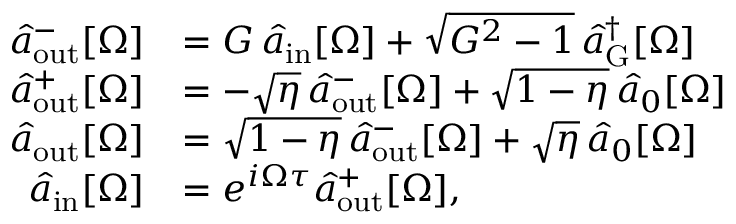
\begin{array} { r l } { \hat { a } _ { \mathrm { o u t } } ^ { - } [ \Omega ] } & { = G \, \hat { a } _ { \mathrm { i n } } [ \Omega ] + \sqrt { G ^ { 2 } - 1 } \, \hat { a } _ { \mathrm { G } } ^ { \dagger } [ \Omega ] } \\ { \hat { a } _ { \mathrm { o u t } } ^ { + } [ \Omega ] } & { = - \sqrt { \eta } \, \hat { a } _ { \mathrm { o u t } } ^ { - } [ \Omega ] + \sqrt { 1 - \eta } \, \hat { a } _ { 0 } [ \Omega ] } \\ { \hat { a } _ { \mathrm { o u t } } [ \Omega ] } & { = \sqrt { 1 - \eta } \, \hat { a } _ { \mathrm { o u t } } ^ { - } [ \Omega ] + \sqrt { \eta } \, \hat { a } _ { 0 } [ \Omega ] } \\ { \hat { a } _ { \mathrm { i n } } [ \Omega ] } & { = e ^ { i \Omega \tau } \hat { a } _ { \mathrm { o u t } } ^ { + } [ \Omega ] , } \end{array}